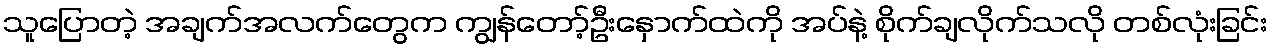
သူပြောတဲ့ အချက်အလက်တွေက ကျွန်တော့်ဦးနှောက်ထဲကို အပ်နဲ့ စိုက်ချလိုက်သလို တစ်လုံးခြင်း